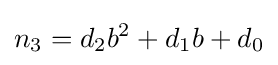
n_{3}=d_{2}b^{2}+d_{1}b+d_{0}